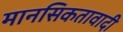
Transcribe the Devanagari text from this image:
मानसिकतावादी